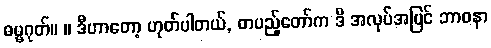
ဓမ္မဂုတ်။ ။ ဒီဟာတော့ ဟုတ်ပါတယ်, တပည့်တော်က ဒီ အလုပ်အပြင် ဘာဝနာ